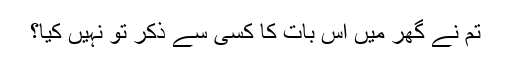
تم نے گھر میں اس بات کا کسی سے ذکر تو نہیں کیا؟